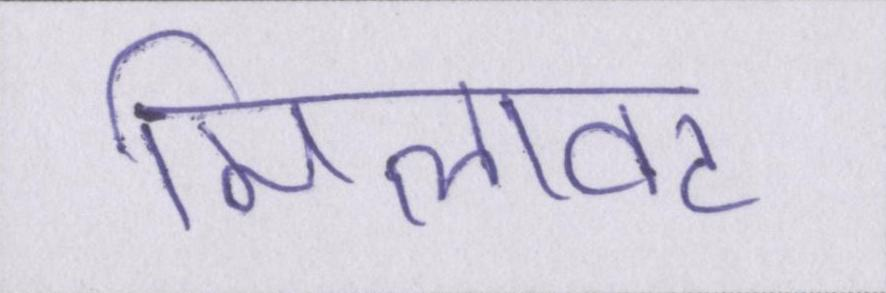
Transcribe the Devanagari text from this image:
मिलावट